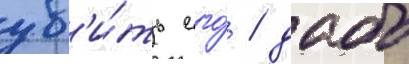
уб'и́ть его́ / дабы